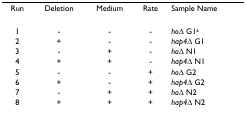
<table><thead><tr><td><b>Run</b></td><td><b>Deletion</b></td><td><b>Medium</b></td><td><b>Rate</b></td><td><b>Sample Name</b></td></tr></thead><tbody><tr><td>1</td><td>-</td><td>-</td><td>-</td><td><i>ho</i>Δ G1<sup>a</sup></td></tr><tr><td>2</td><td>+</td><td>-</td><td>-</td><td><i>hap4</i>Δ G1</td></tr><tr><td>3</td><td>-</td><td>+</td><td>-</td><td><i>ho</i>Δ N1</td></tr><tr><td>4</td><td>+</td><td>+</td><td>-</td><td><i>hap4</i>Δ N1</td></tr><tr><td>5</td><td>-</td><td>-</td><td>+</td><td><i>ho</i>Δ G2</td></tr><tr><td>6</td><td>+</td><td>-</td><td>+</td><td><i>hap4</i>Δ G2</td></tr><tr><td>7</td><td>-</td><td>+</td><td>+</td><td><i>ho</i>Δ N2</td></tr><tr><td>8</td><td>+</td><td>+</td><td>+</td><td><i>hap4</i>Δ N2</td></tr></tbody></table>